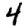
Digit: 4